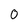
Character: 0